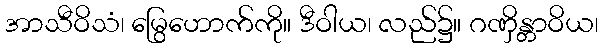
အာသီဝိသံ၊ မြွေဟောက်ကို။ ဒီဝါယ၊ လည်၌။ ဂဏှိန္တာဝိယ၊